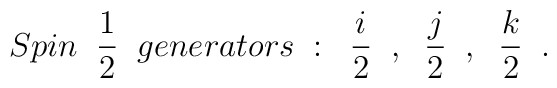
Spin \; \; \frac{1}{2} \; \; generators  \; : \; \;\frac{i}{2} \; \; ,  \; \; \frac{j}{2} \; \; , \; \; \frac{k}{2} \;  \; .